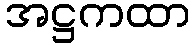
အဋ္ဌကထာ